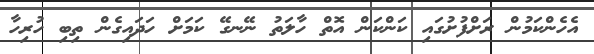
އެހެންކަމުން ރަށްފުށުގައި ކަންކަން އޮތް ހާލަތު ނޭނގޭ ކަމަށް ހަދައިގެން ތިބި ހުރިހާ